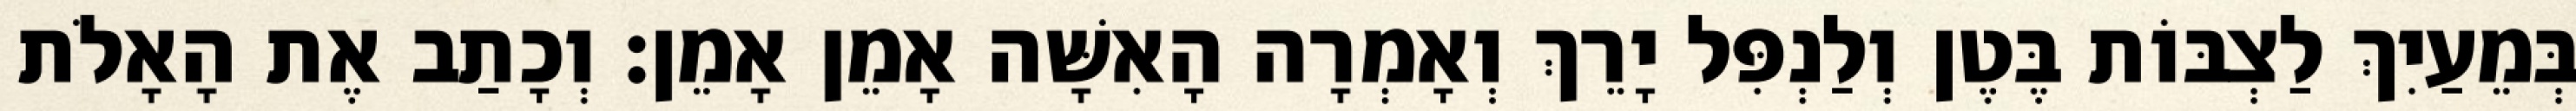
בְּמֵעַיִךְ לַצְבּוֹת בֶּטֶן וְלַנְפִּל יָרֵךְ וְאָמְרָה הָאִשָּׁה אָמֵן אָמֵן׃ וְכָתַב אֶת הָאָלֹת